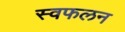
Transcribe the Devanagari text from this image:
स्वफलन